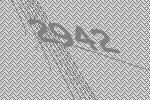
2942